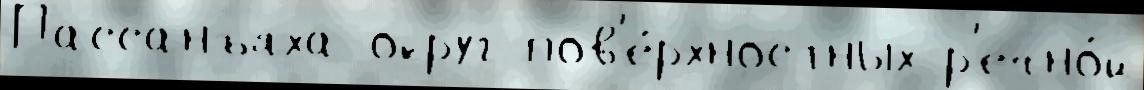
Пассанъяха округ пов'е́рхностных р'ечно́й